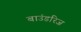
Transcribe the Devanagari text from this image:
बाउंडरिज